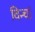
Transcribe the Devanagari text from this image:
विन्चां